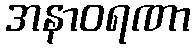
အနာဝရဏာ